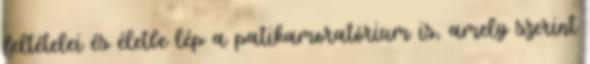
feltételei és életbe lép a patikamoratórium is, amely szerint